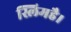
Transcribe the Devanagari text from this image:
स्लिमहै।